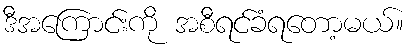
ဒီအကြောင်းကို အစီရင်ခံရတော့မယ်။